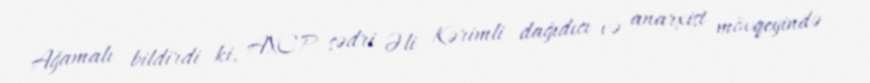
Ağamalı bildirdi ki, AXCP sədri Əli Kərimli dağıdıcı və anarxist mövqeyində